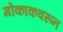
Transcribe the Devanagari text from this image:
गोकाकवरून